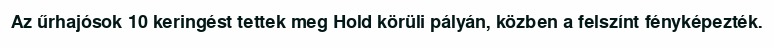
Az űrhajósok 10 keringést tettek meg Hold körüli pályán, közben a felszínt fényképezték.